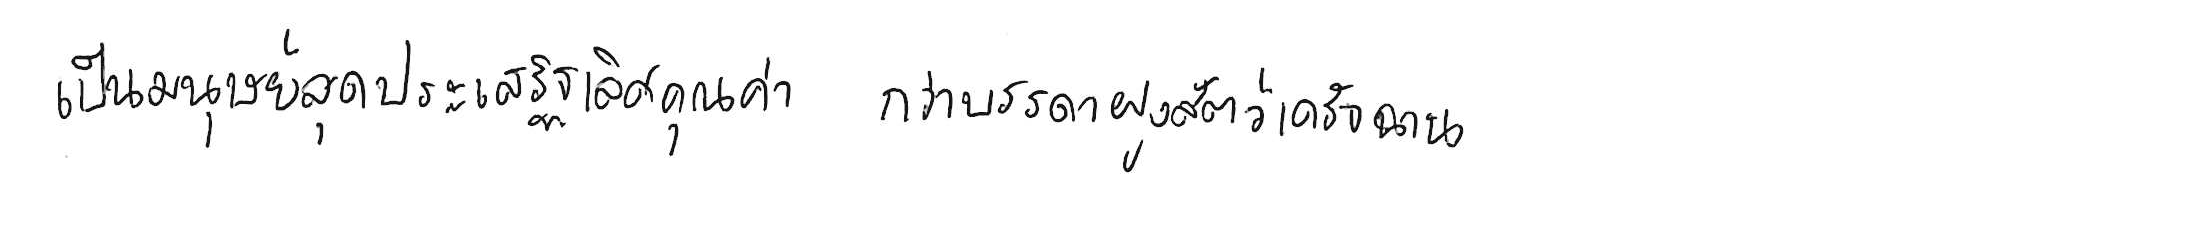
เป็นมนุษย์สุดประเสริฐเลิศคุณค่า กว่าบรรดาฝูงสัตว์เดรัจฉาน